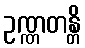
ဥဏ္ဏတန္တိ